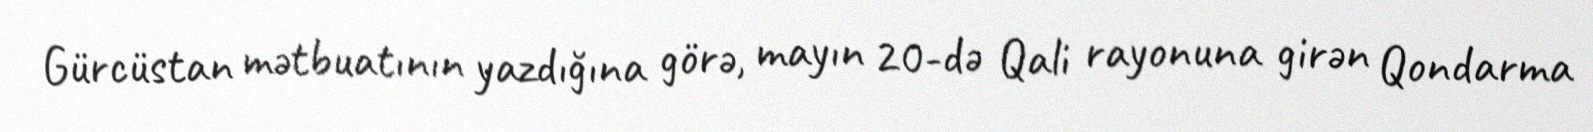
Gürcüstan mətbuatının yazdığına görə, mayın 20-də Qali rayonuna girən Qondarma